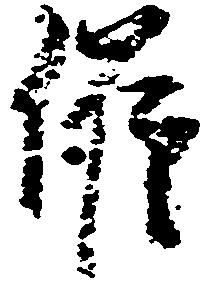
催